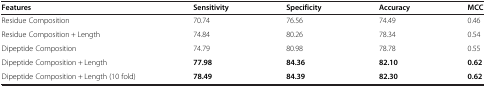
<table><thead><tr><td><b>Features</b></td><td><b>Sensitivity</b></td><td><b>Specificity</b></td><td><b>Accuracy</b></td><td><b>MCC</b></td></tr></thead><tbody><tr><td>Residue Composition</td><td>70.74</td><td>76.56</td><td>74.49</td><td>0.46</td></tr><tr><td>Residue Composition + Length</td><td>74.84</td><td>80.26</td><td>78.34</td><td>0.54</td></tr><tr><td>Dipeptide Composition</td><td>74.79</td><td>80.98</td><td>78.78</td><td>0.55</td></tr><tr><td>Dipeptide Composition + Length</td><td><b>77.98</b></td><td><b>84.36</b></td><td><b>82.10</b></td><td><b>0.62</b></td></tr><tr><td>Dipeptide Composition + Length (10 fold)</td><td><b>78.49</b></td><td><b>84.39</b></td><td><b>82.30</b></td><td><b>0.62</b></td></tr></tbody></table>